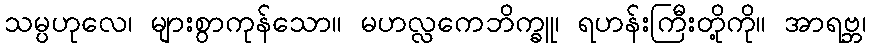
သမ္ပဟုလေ၊ များစွာကုန်သော။ မဟလ္လကေဘိက္ခူ၊ ရဟန်းကြီးတို့ကို။ အာရဗ္ဘ၊